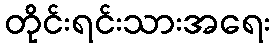
တိုင်းရင်းသားအရေး